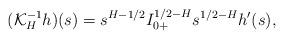
LaTeX: \begin{align*} (\mathcal{K}_H^{-1}h)(s)=s^{H-1/2}I_{0+}^{1/2-H}s^{1/2-H}h'(s),\end{align*}